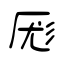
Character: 厖